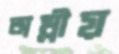
অম্লীয়